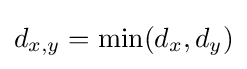
d_{x,y}=\min(d_{x},d_{y})